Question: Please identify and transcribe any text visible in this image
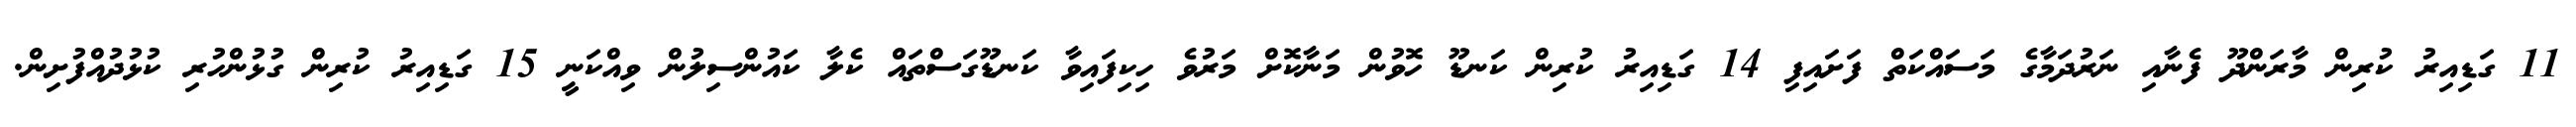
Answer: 11 ގަޑިއިރު ކުރިން މާރަންދޫ ފެނާއި ނަރުދަމާގެ މަސައްކަތް ފަށައިފި 14 ގަޑިއިރު ކުރިން ކަނޑޫ ހޮވުން މަނާކޮށް މަރުވެ ހިކިފައިވާ ކަނޑޫގަސްތައް ކެލާ ކައުންސިލުން ވިއްކަނީ 15 ގަޑިއިރު ކުރިން ގުޅުންހުރި ކުޅުދުއްފުށިން.